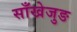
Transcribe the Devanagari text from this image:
साँखेजुङ